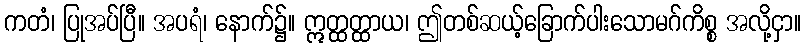
ကတံ၊ ပြုအပ်ပြီ။ အပရံ၊ နောက်၌။ ဣတ္ထတ္ထာယ၊ ဤတစ်ဆယ့်ခြောက်ပါးသောမဂ်ကိစ္စ အလို့ငှာ။